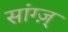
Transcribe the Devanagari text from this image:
सांग्ज़्‌